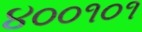
૪૦૦૧૦૧